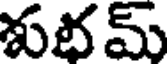
శుభమ్